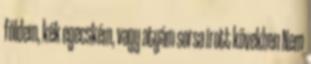
földem, kék egecském, vagy atyám sorsa írott kövekben Nem